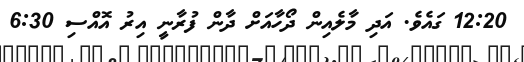
12:20 ގައެވެ. އަދި މާލެއިން ދޯހާއަށް ދާން ފުރާނީ އިރު އޮއްސި 6:30